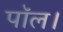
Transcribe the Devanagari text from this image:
पॉल।